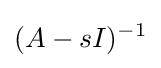
(A-sI)^{-1}